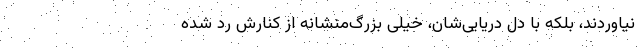
نیاوردند، بلکه با دل دریایی‌شان، خیلی بزرگ‌منشانه از کنارش رد شده